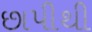
છાપીથી